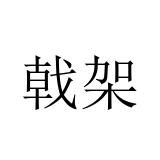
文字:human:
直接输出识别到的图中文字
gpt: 戟架